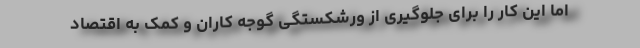
اما این کار را برای جلوگیری از ورشکستگی گوجه کاران و کمک به اقتصاد